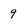
Character: 9